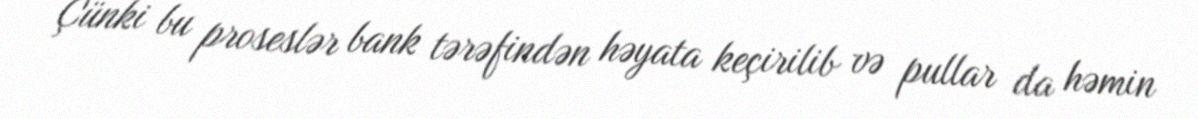
Çünki bu proseslər bank tərəfindən həyata keçirilib və pullar da həmin